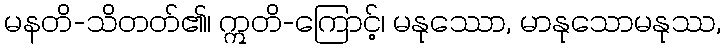
မနတိ-သိတတ်၏၊ ဣတိ-ကြောင့်၊ မနုဿော, မာနုသောမနုဿ,